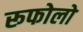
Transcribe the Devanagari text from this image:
रूफोलो